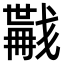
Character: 𢨏